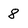
Character: 8